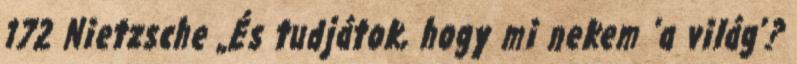
172 Nietzsche „És tudjátok, hogy mi nekem ’a világ’?